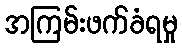
အကြမ်းဖက်ခံရမှု